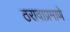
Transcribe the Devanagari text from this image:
ठरावाप्रमाणे